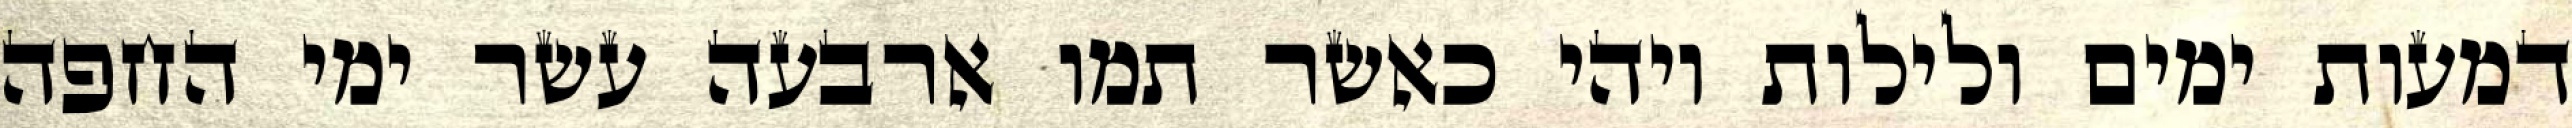
דמעות ימים ולילות ויהי כאשר תמו ארבעה עשר ימי החפה